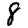
Digit: 8